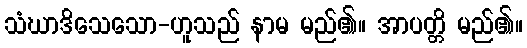
သံဃာဒိသေသော-ဟူသည် နာမ မည်၏။ အာပတ္တိ မည်၏။